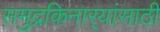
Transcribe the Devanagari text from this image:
समुद्रकिनार्‍यांसाठी